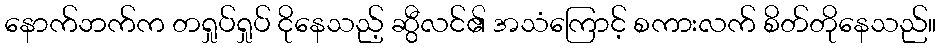
နောက်ဘက်က တရှုပ်ရှုပ် ငိုနေသည့် ဆွီလင်၏ အသံကြောင့် စကားလက် စိတ်တိုနေသည်။